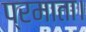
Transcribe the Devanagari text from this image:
प्रमाता।